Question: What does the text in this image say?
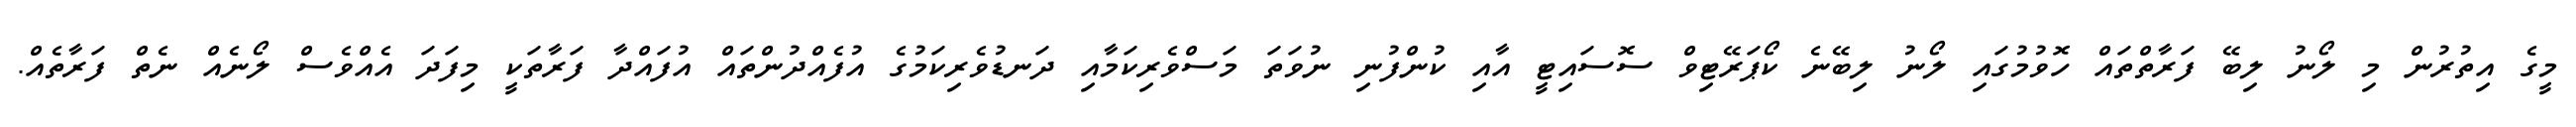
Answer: މީގެ އިތުރުން މި ލޯނު ލިބޭ ފަރާތްތައް ހޮވުމުގައި ލޯނު ލިބޭނެ ކޯޕަރޭޓިވް ސޮސައިޓީ އާއި ކުންފުނި ނުވަތަ މަސްވެރިކަމާއި ދަނޑުވެރިކަމުގެ އުފެއްދުންތައް އުފައްދާ ފަރާތަކީ މިފަދަ އެއްވެސް ލޯނެއް ނެތް ފަރާތެއް.